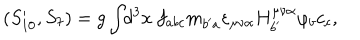
( S _ { 1 0 } ^ { \prime } , S _ { 7 } ) = g \int \! \! d ^ { 3 } x ~ f _ { a b c } m _ { b ^ { \prime } a } \varepsilon _ { \mu \nu \alpha } H _ { b ^ { \prime } } ^ { \mu \nu \alpha } \varphi _ { b } c _ { c } ,